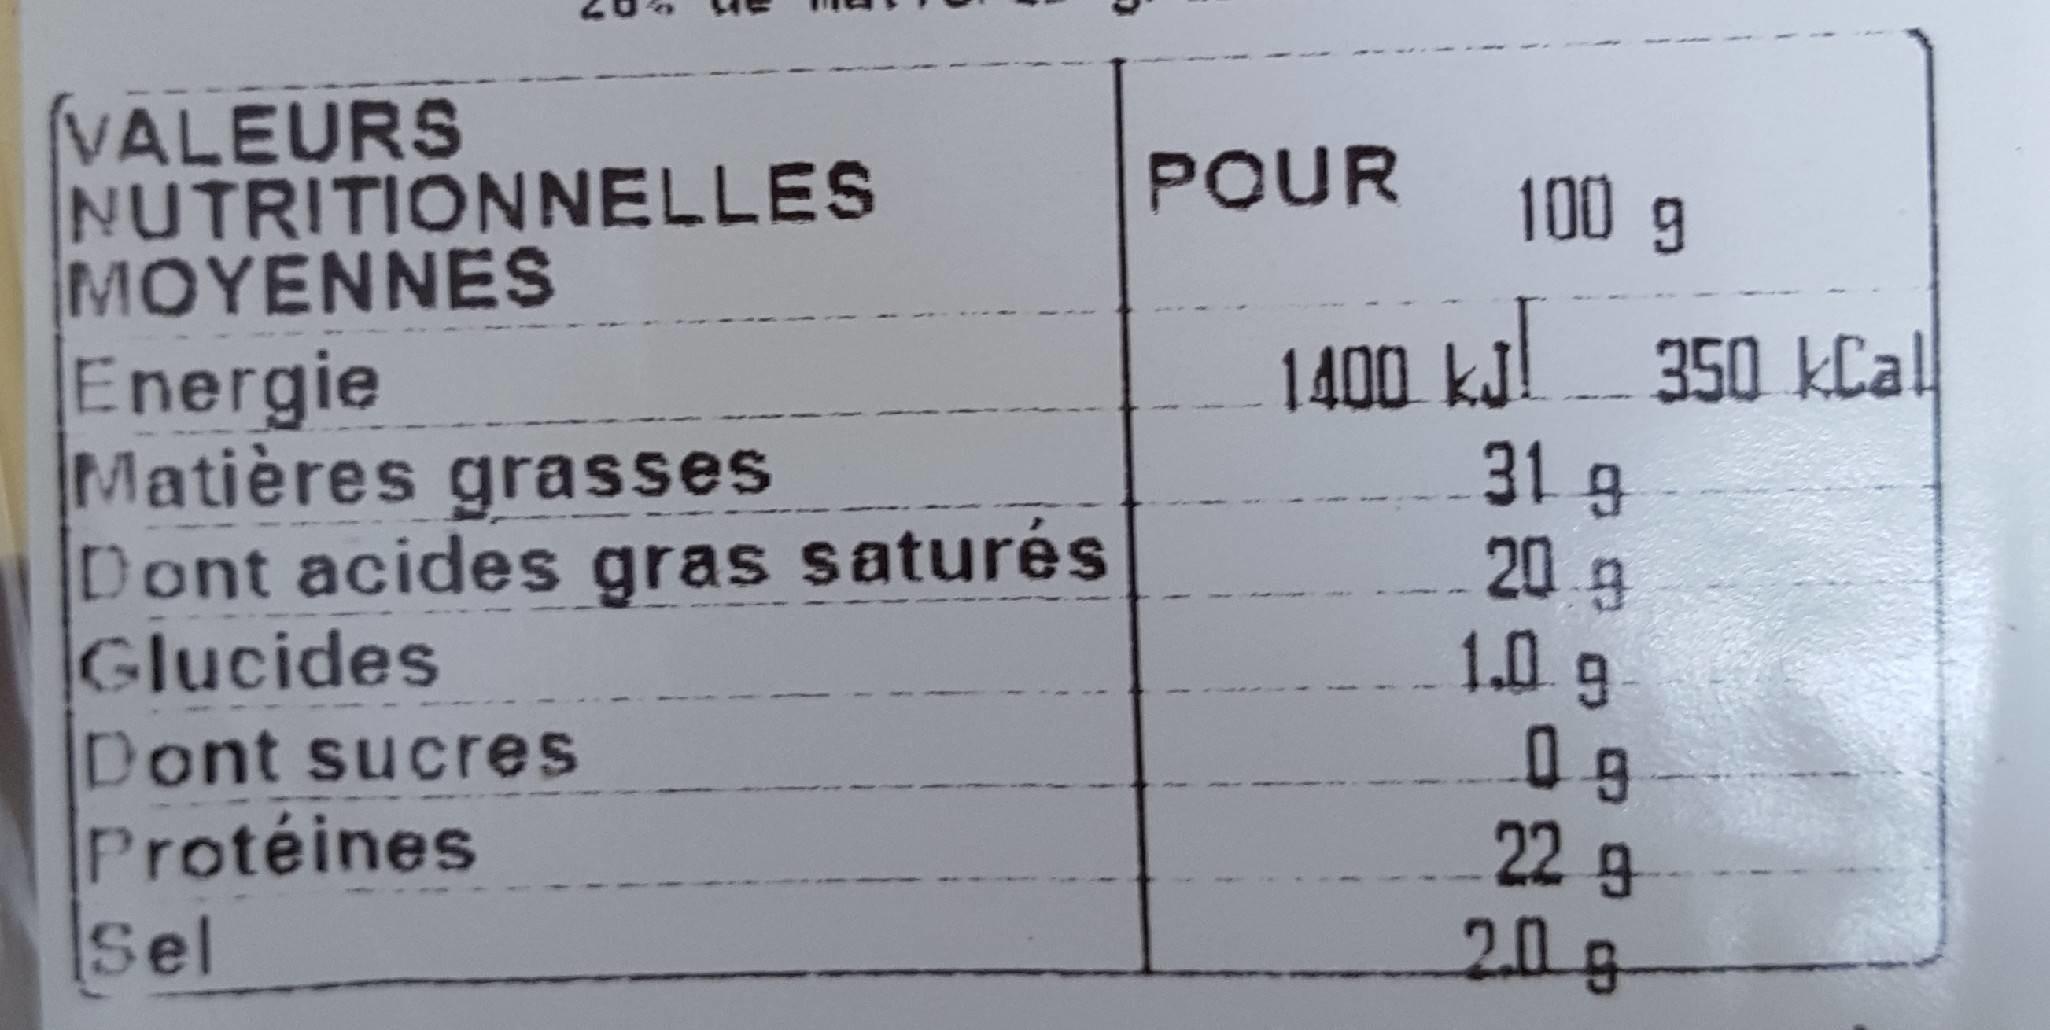
VALEURS NUTRITIONNELLES MOYENNESs Energie Matières grasses Dont acides gras saturés Glucides Dont sucres Protéines
POUR
100g
1400 kal 350 kCal! 31 g 20 g 1.0g
22 g 20g
Sel